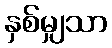
နှစ်မျှသာ